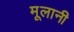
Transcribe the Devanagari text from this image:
मूलानी